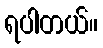
ရပါတယ်။